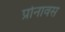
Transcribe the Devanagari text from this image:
प्रोनावस